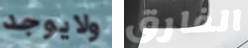
ولايوجد الفارق